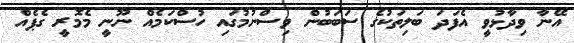
އޭނާ ވިދާޅުވީ އެފަދަ ބަލިތަކުގެ ސަބަަބުން ވިސްނުމުގައި ހުސްކަމެއް ނޫނީ މެމޮރީ ގެޕެއް